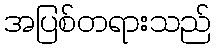
အပြစ်တရားသည်